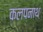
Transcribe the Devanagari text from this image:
कलपनाथ